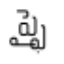
ప్ఫై